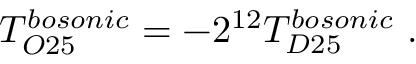
T _ { O 2 5 } ^ { b o s o n i c } = - 2 ^ { 1 2 } T _ { D 2 5 } ^ { b o s o n i c } \ .